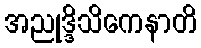
အညုဒ္ဒိသိကေနာတိ